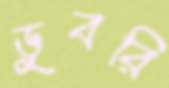
ডুবরি